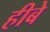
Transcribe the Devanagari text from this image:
हीबे